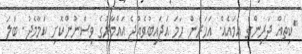
"ކިތައް ދަރިންގެ އަމައެއް. އަހަރެން ހަމަ އަޖައިބުވެއްޖެ އައްމާރުގެ ވިސްނުންކޮށި ކަމާމެދު. ބަލަ